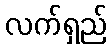
လက်ရှည်